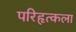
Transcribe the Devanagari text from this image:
परिहृत्कला